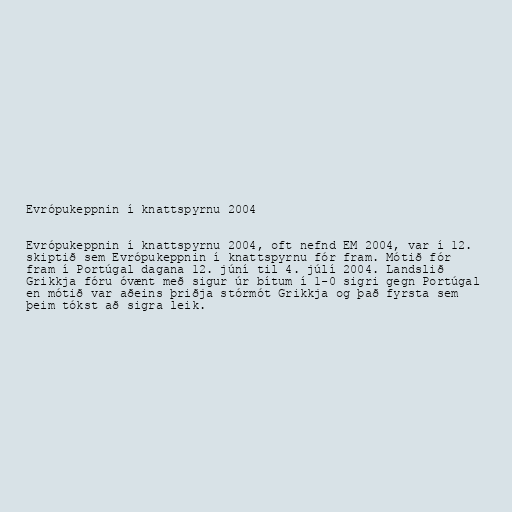
Evrópukeppnin í knattspyrnu 2004

Evrópukeppnin í knattspyrnu 2004, oft nefnd EM 2004, var í 12.
skiptið sem Evrópukeppnin í knattspyrnu fór fram. Mótið fór
fram í Portúgal dagana 12. júní til 4. júlí 2004. Landslið
Grikkja fóru óvænt með sigur úr bítum í 1-0 sigri gegn Portúgal
en mótið var aðeins þriðja stórmót Grikkja og það fyrsta sem
þeim tókst að sigra leik.